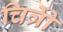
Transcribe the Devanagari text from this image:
चित्रोें